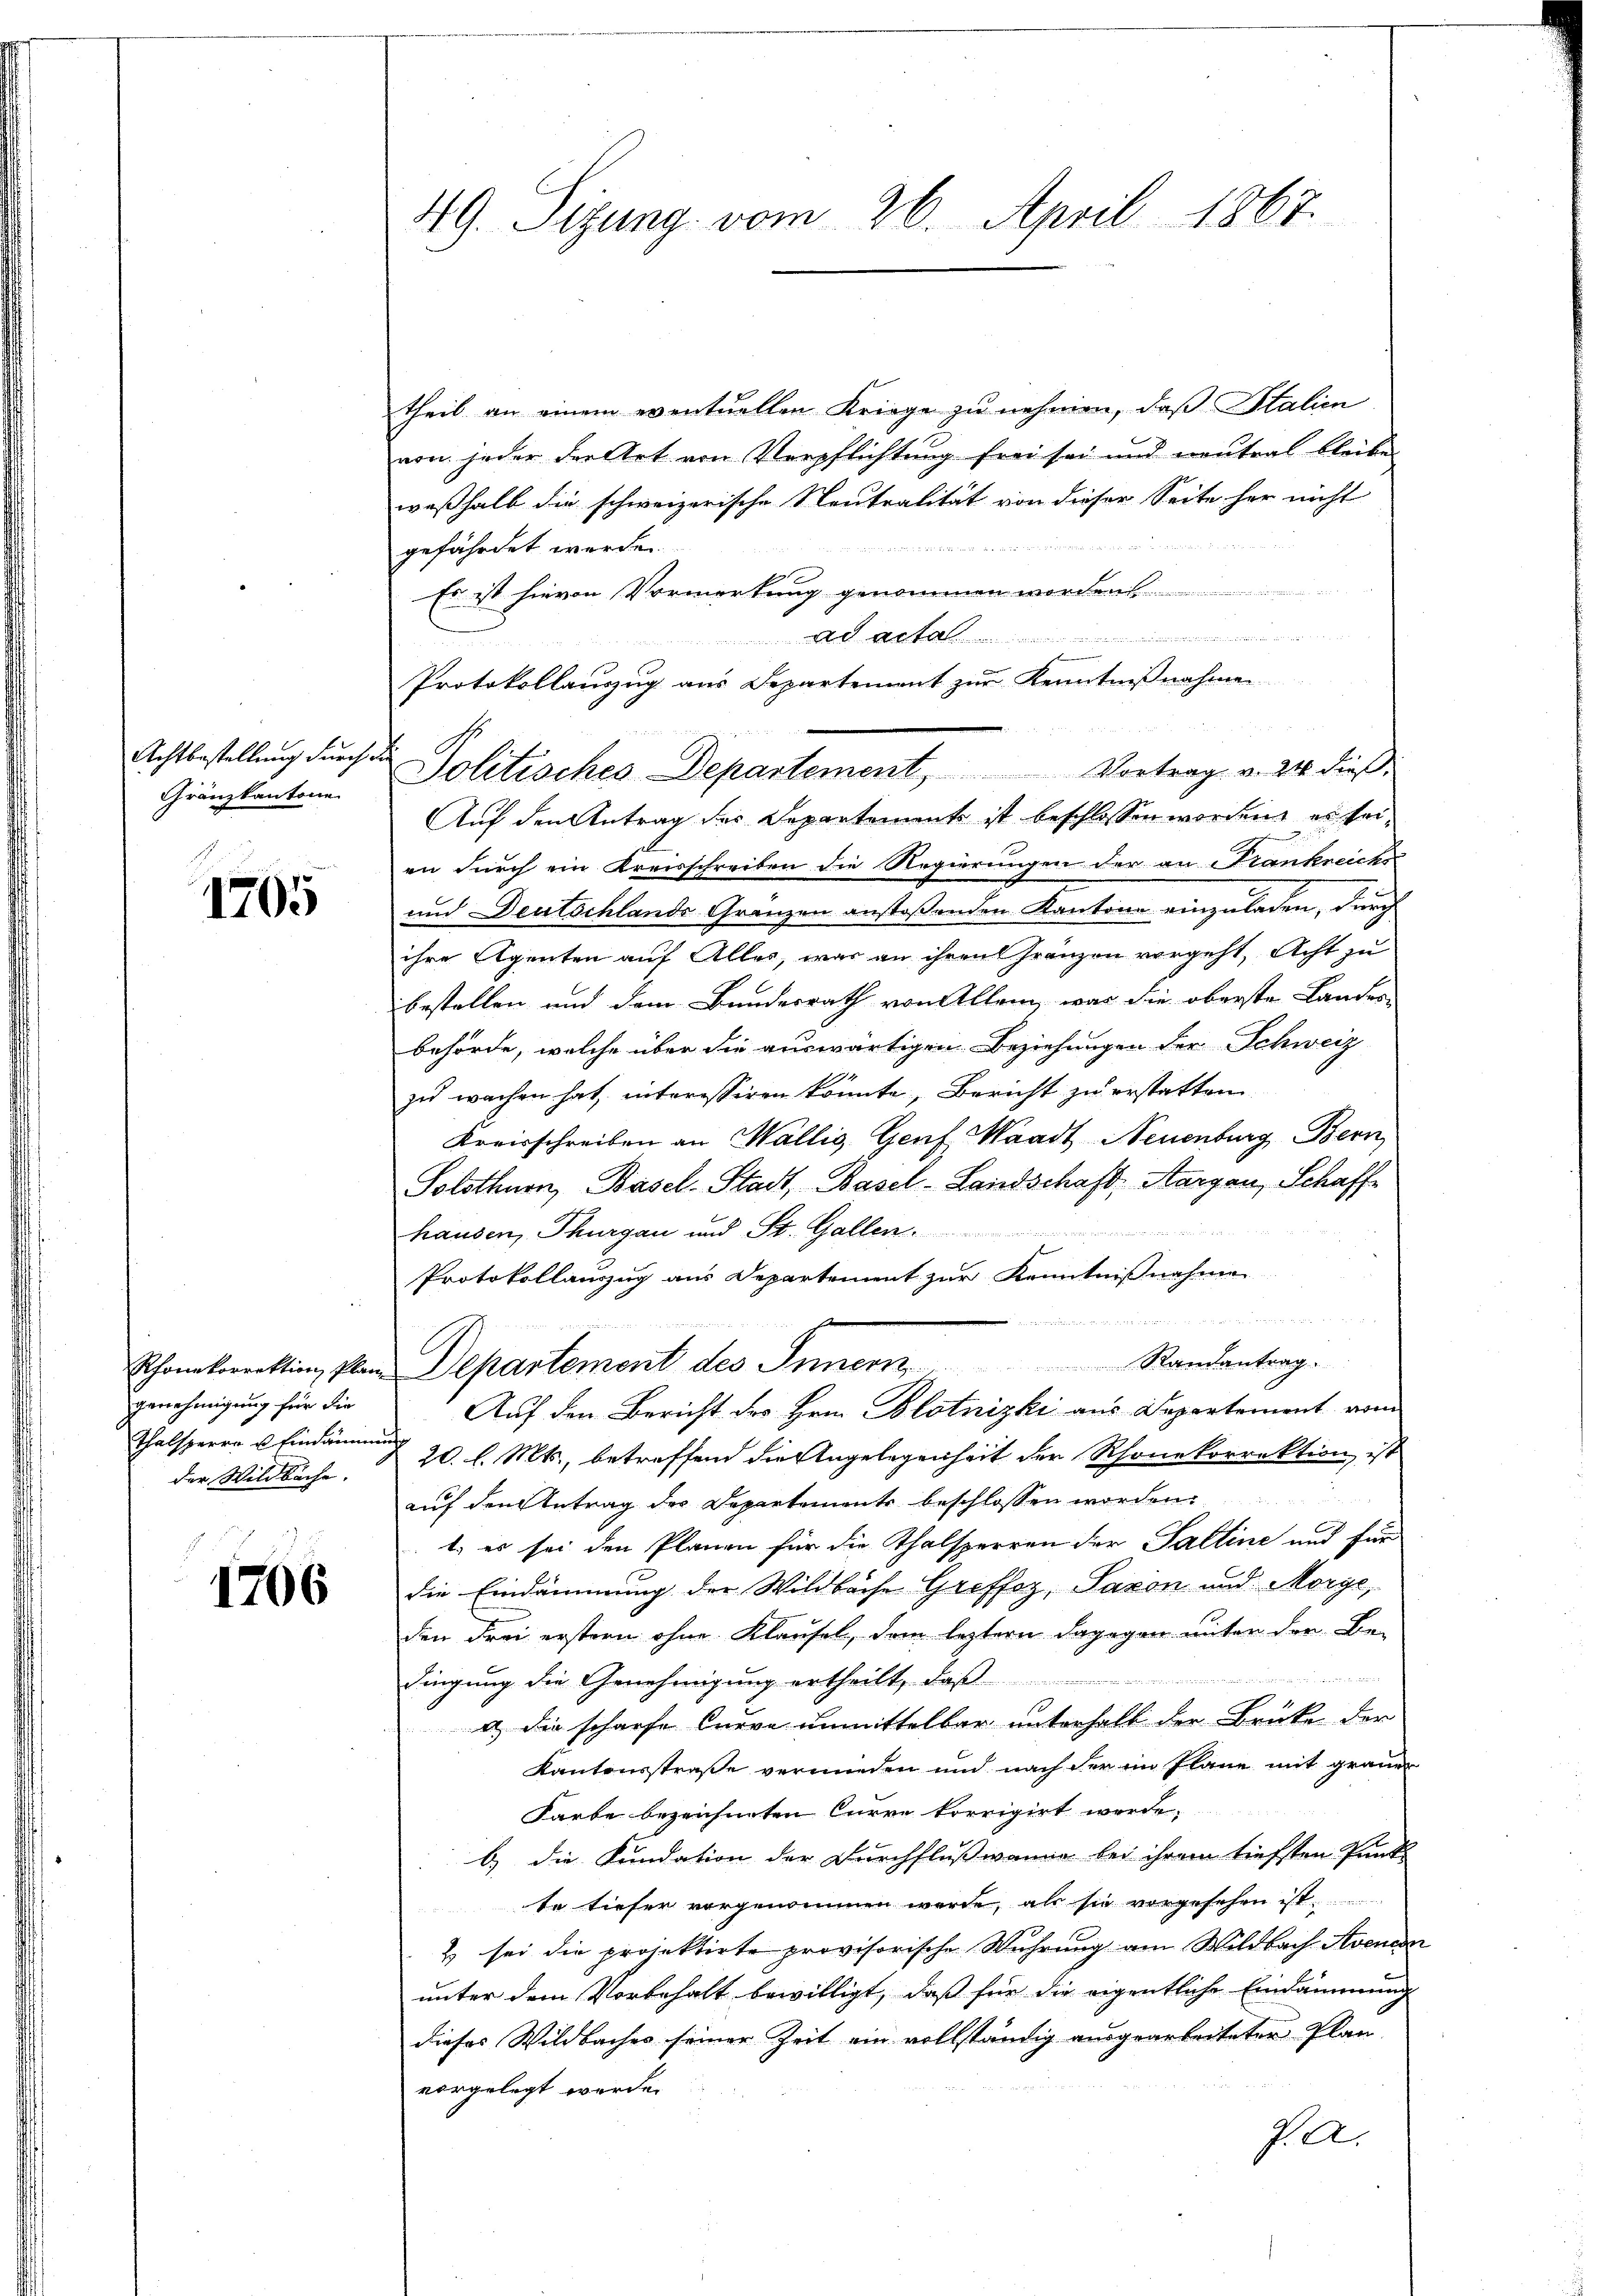
Achtbestellung durch die
Gränzkantone

1705

genehmigung für die
der Wildbache.

1706

49. Sizung vom 26. April 1867.

theil an einem eventuellen Kriege zu nehmen, daß Italien
von jeder der Art von Verpflichtung frei sei und neutral bleibe
weßhalb die schweizerische Neutralität von dieser Seite her nicht

gefährdet werde.
Es ist hievon Vormerkung genommen worden
d a. a.
Protokollanzug aus Departement zur Kenntnißnahme
en durch ein Kreisschreiben die Regierungen der an Frankreichs
und Deutschlande Gränzen anstoßenden Kantone einzuladen, durch
ihre Agenten auf Alles, was an ihren Gränzen vorgeht, acht zu
bestellen und dem Bundesrath von Allem, was die oberste Lander-
behörde, welche über die auswärtigen Beziehungen der Schweiz
zu wachen hat, interessiren könnte, Bericht zu erstatten.
Kreisschreiben an Wallis, Genf, Waadt, Neuenburg Bern
Solothurn, Basel-Stadt, Basel-Landschaft, Aargau, Schaffhausen, Thurgau und St. Gallen.
Protokollauszug aus Departement zur Kenntnisnahmen
 der in Win
Schambrechtin, plan Departement des Innern Randantrag.
Auf den Bericht des Hrn. Blotnizki aus Departement vom
Thalsperre u. Eindämmung 20 l. Mts., betreffend die Angelegenheit der Rhonekorrektion, ist
auf den Antrag des Departements beschlossen worden.
1., es sei den Planen für die Thalsperren der Saltine und für
die Eindämmung der Wildbache Greffoz, Saxon und Morge,
den drei erstern ohne Klausel, dem leztern dagegen unter den Be-

dingung die Genehmigung ertheilt, daß
a.) Die scharfe Euere unmittelbar unterhalb der Brüke der
Kantonsstraße vermieden und nach der im Plane mit grauer
Farbe bezeichneten Curre korrigirt werde,
b) die Fundation der Durchflußwanne bei ihrem tiefsten Punk-
te tiefer vorgenommen werde, als sie vorgesehen ist.
2) sei die projektirte provisorische Wuhrung am Wildbach Avencon
unter dem Vorbehalt bewilligt, daß für die eigentliche Eindammung
dieses Wildbaches seiner Zeit ein vollständig ausgearbeiteter Plan-
vorgelegt werde.
Per

Politisches Departement, Vortrag u. des dieß
Auf den Antrag des Departements ist beschlossen worden, es sei¬